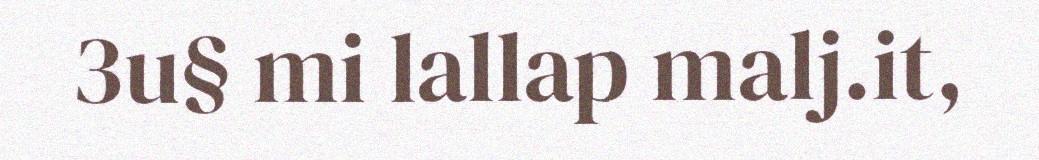
3u§ mi lallap malj.it,